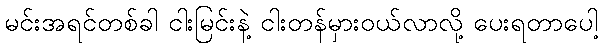
မင်းအရင်တစ်ခါ ငါးမြင်းနဲ့ ငါးတန်မှားဝယ်လာလို့ ပေးရတာပေါ့